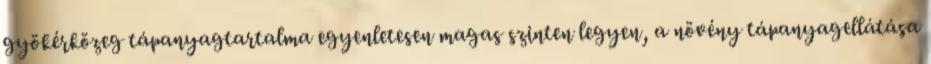
gyökérközeg tápanyagtartalma egyenletesen magas szinten legyen, a növény tápanyagellátása